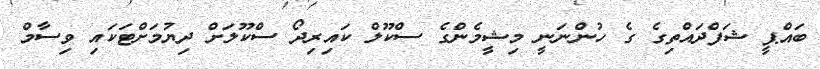
ބައްޕީ ޝަފްދައްތިގެ ގެ ހުންނަނީ މިޝީމެންގެ ސްކޫލް ކައިރިދޯ ސްކޫލަށް ދިޔުމަށްޓަކައި ވިސާމް